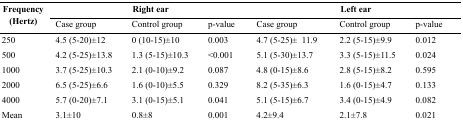
| <ROWSPAN=3> Frequency (Hertz) | <COLSPAN=3> Right ear | <COLSPAN=3> Left ear |
 | Case group | Control group | p-value | Case group | Control group | p-value |
 | --- | --- | --- | --- | --- | --- | --- |
 | 250 | 4.5 (5-20)±12 | 0 (10-15)±10 | 0.003 | 4.7 (5-25)± 11.9 | 2.2 (5-15)±9.9 | 0.012 |
 | 500 | 4.2 (5-25)±13.8 | 1.3 (5-15)±10.3 | <0.001 | 5.1 (5-30)±13.7 | 3.3 (5-15)±11.5 | 0.024 |
 | 1000 | 3.7 (5-25)±10.3 | 2.1 (0-10)±9.2 | 0.087 | 4.8 (0-15)±8.6 | 2.8 (5-15)±8.2 | 0.595 |
 | 2000 | 6.5 (5-25)±6.6 | 1.6 (0-10)±5.5 | 0.329 | 8.2 (5-35)±6.3 | 1.6 (0-15)±4.7 | 0.133 |
 | 4000 | 5.7 (0-20)±7.1 | 3.1 (0-15)±5.1 | 0.041 | 5.1 (5-15)±6.7 | 3.4 (0-15)±4.9 | 0.082 |
 | Mean | 3.1±10 | 0.8±8 | 0.001 | 4.2±9.4 | 2.1±7.8 | 0.021 |